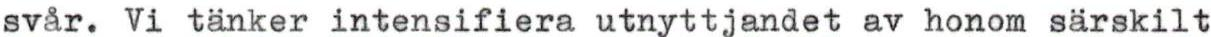
svår. Vi tänker intensifiera utnyttjandet av honom särskilt